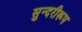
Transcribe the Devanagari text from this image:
सुन्दरीरूप